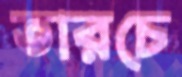
তারচে